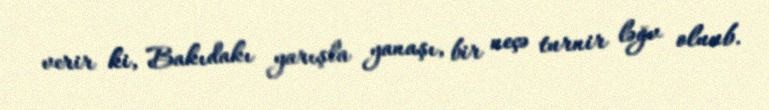
verir ki, Bakıdakı yarışla yanaşı, bir neçə turnir ləğv oluub.